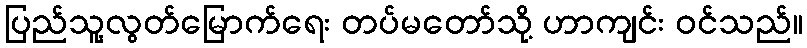
ပြည်သူ့လွတ်မြောက်ရေး တပ်မတော်သို့ ဟာကျင်း ဝင်သည်။